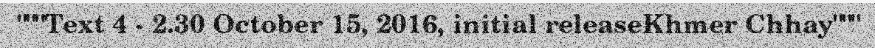
"""Text 4 - 2.30 October 15, 2016, initial releaseKhmer Chhay"""